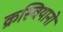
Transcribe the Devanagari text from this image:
क्रस्चियानो